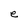
Character: e